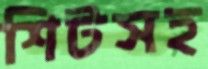
শিটসহ